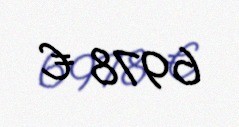
6978 €